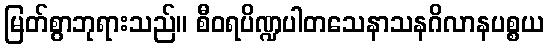
မြတ်စွာဘုရားသည်။ စီဝရပိဏ္ဍပါတသေနာသနဂိလာနပစ္စယ